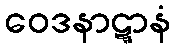
ဝေဒနာဋ္ဋာနံ